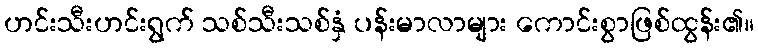
ဟင်းသီးဟင်းရွက် သစ်သီးသစ်နှံ ပန်းမာလာများ ကောင်းစွာဖြစ်ထွန်း၏။